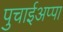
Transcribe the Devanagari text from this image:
पुचाईअप्पा